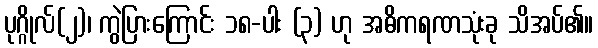
ပုဂ္ဂိုလ်(၂)၊ ကွဲပြားကြောင်း ၁၈-ပါး (၃) ဟု အဓိကရဏသုံးခု သိအပ်၏။